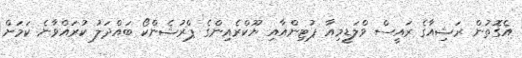
އެގޮތުން ރަޝިއާގެ ރައީސް ވްލަޑީމިއާ ޕުޓިންއާއި ޔޫކްރެއިންގެ ޕްރުޝެންކޯ ބައްދަލު ކުރައްވާނެ ކަމަށް